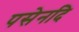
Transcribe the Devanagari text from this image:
पसेनदि